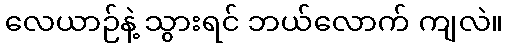
လေယာဉ်နဲ့ သွားရင် ဘယ်လောက် ကျလဲ။